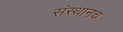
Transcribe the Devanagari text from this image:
संस्थानच